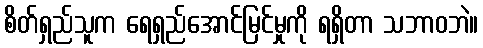
စိတ်ရှည်သူက ရေရှည်အောင်မြင်မှုကို ရရှိတာ သဘာဝဘဲ။